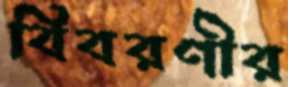
বিবরণীর